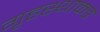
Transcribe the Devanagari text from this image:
गृहस्थाकडे